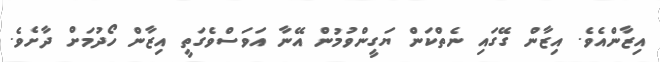
އިޒާންއެވެ. އިޒާން ގޭގައި ނެތްކަން ޔަގީންވުމުން އޭނާ އަވަސްވެގަތީ އިޒާން ހޯދުމަށް ދާށެވެ.